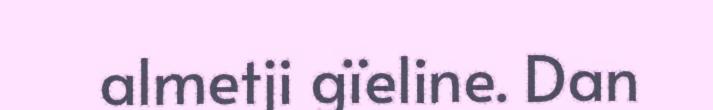
almetji gïeline. Dan